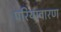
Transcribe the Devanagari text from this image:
परियावारण